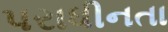
પરાધીનતા